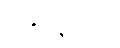
တစ်နေ့သော်